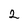
Character: 2